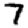
Digit: 7